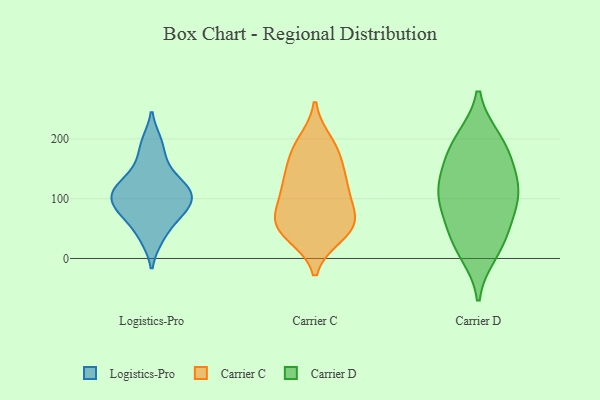
{"axis": {"x": "LTV (USD)", "y": "Value"}, "legend": ["Carrier C", "Carrier D", "Logistics-Pro"], "data": [{"x": "", "y": 123, "type": "Logistics-Pro"}, {"x": "", "y": 73, "type": "Logistics-Pro"}, {"x": "", "y": 95, "type": "Logistics-Pro"}, {"x": "", "y": 33, "type": "Logistics-Pro"}, {"x": "", "y": 70, "type": "Logistics-Pro"}, {"x": "", "y": 195, "type": "Logistics-Pro"}, {"x": "", "y": 123, "type": "Logistics-Pro"}, {"x": "", "y": 97, "type": "Logistics-Pro"}, {"x": "", "y": 159, "type": "Logistics-Pro"}, {"x": "", "y": 110, "type": "Logistics-Pro"}, {"x": "", "y": 50, "type": "Carrier C"}, {"x": "", "y": 59, "type": "Carrier C"}, {"x": "", "y": 136, "type": "Carrier C"}, {"x": "", "y": 181, "type": "Carrier C"}, {"x": "", "y": 40, "type": "Carrier C"}, {"x": "", "y": 172, "type": "Carrier C"}, {"x": "", "y": 127, "type": "Carrier C"}, {"x": "", "y": 111, "type": "Carrier C"}, {"x": "", "y": 62, "type": "Carrier C"}, {"x": "", "y": 52, "type": "Carrier C"}, {"x": "", "y": 111, "type": "Carrier C"}, {"x": "", "y": 193, "type": "Carrier C"}, {"x": "", "y": 72, "type": "Carrier C"}, {"x": "", "y": 161, "type": "Carrier D"}, {"x": "", "y": 122, "type": "Carrier D"}, {"x": "", "y": 103, "type": "Carrier D"}, {"x": "", "y": 68, "type": "Carrier D"}, {"x": "", "y": 25, "type": "Carrier D"}, {"x": "", "y": 36, "type": "Carrier D"}, {"x": "", "y": 199, "type": "Carrier D"}, {"x": "", "y": 10, "type": "Carrier D"}, {"x": "", "y": 173, "type": "Carrier D"}, {"x": "", "y": 127, "type": "Carrier D"}, {"x": "", "y": 86, "type": "Carrier D"}, {"x": "", "y": 199, "type": "Carrier D"}, {"x": "", "y": 109, "type": "Carrier D"}]}